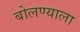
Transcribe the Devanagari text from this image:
बोलण्याला